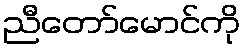
ညီတော်မောင်ကို